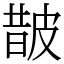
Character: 皵